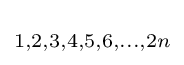
\scriptstyle 1,2,3,4,5,6,\dots ,2n